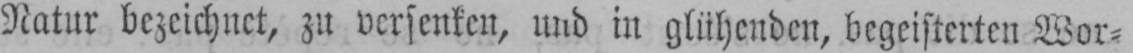
Natur bezeichnet, zu versenken, und in glühenden, begeisterten Wor⸗